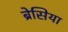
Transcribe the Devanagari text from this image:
ब्रेसिया